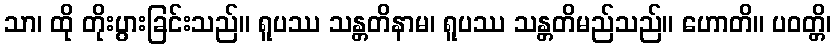
သာ၊ ထို တိုးပွားခြင်းသည်။ ရူပဿ သန္တတိနာမ၊ ရူပဿ သန္တတိမည်သည်။ ဟောတိ။ ပဝတ္တိ၊